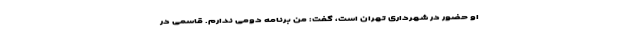
او حضور در شهرداری تهران است، گفت: من برنامه دومی ندارم. قاسمی در